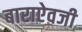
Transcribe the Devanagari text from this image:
बाराऐवजी